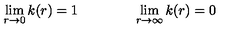
\lim _ { r \rightarrow 0 } k ( r ) = 1 \qquad \qquad \lim _ { r \rightarrow \infty } k ( r ) = 0